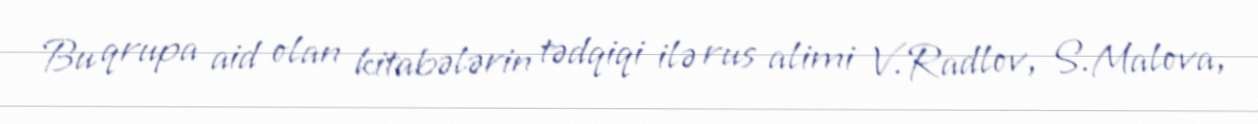
Bu qrupa aid olan kitabələrin tədqiqi ilə rus alimi V.Radlov, S.Malova,